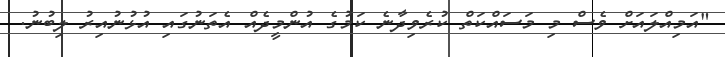
"އަމިއްލައަށް ވެސް މި މަސައްކަތް ކުރެވިދާނެ ކަމުގެ އުންމީދެއް އެތަނުގައި އުޅުނުއިރު ލިބުނު.